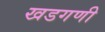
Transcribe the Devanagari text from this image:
खडगणी